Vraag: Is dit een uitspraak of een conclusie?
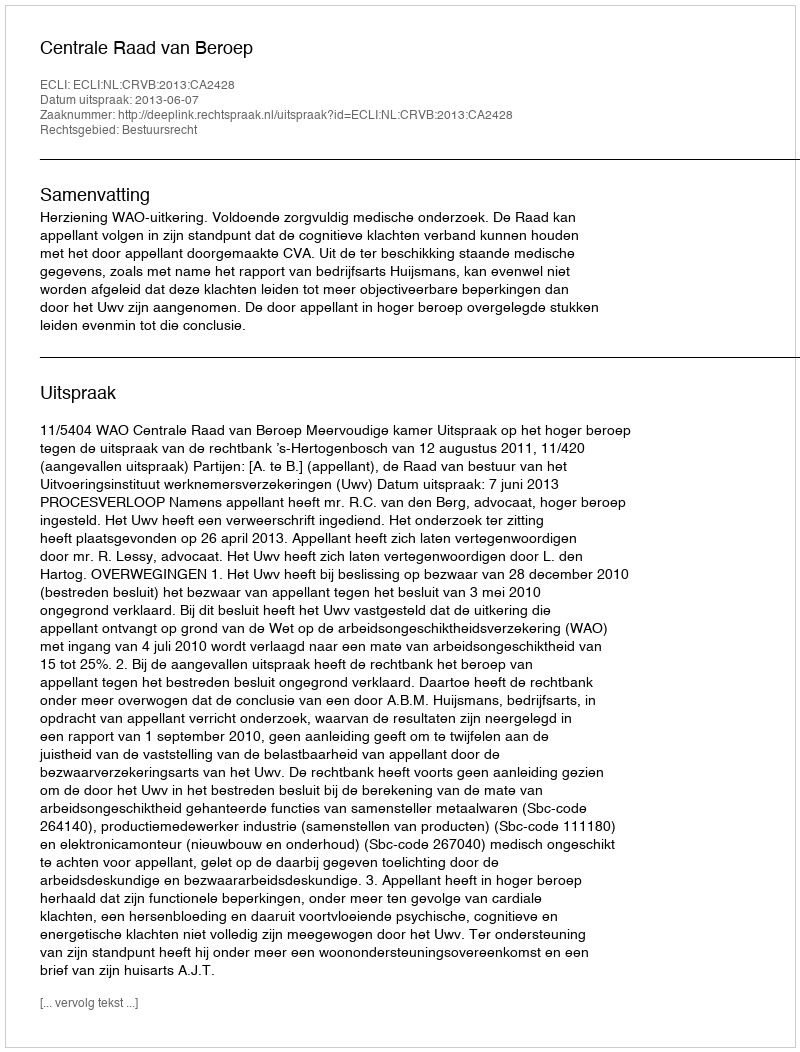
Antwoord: Uitspraak